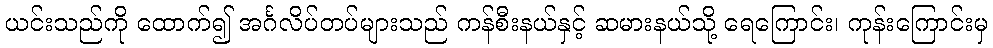
ယင်းသည်ကို ထောက်၍ အင်္ဂလိပ်တပ်များသည် ကန်စီးနယ်နှင့် ဆမားနယ်သို့ ရေကြောင်း၊ ကုန်းကြောင်းမှ